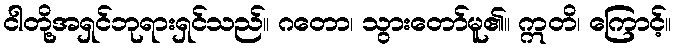
ငါတို့အရှင်ဘုရားရှင်သည်။ ဂတော၊ သွားတော်မူ၏။ ဣတိ၊ ကြောင့်။